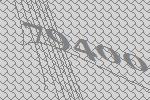
79400